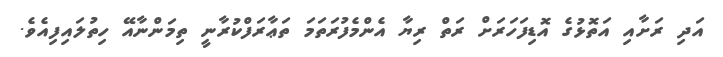
އަދި ރަށާއި އަތޮޅުގެ އޮޑިފަހަރަށް ރަތް ރިޔާ އެންމެފުރަތަމަ ތަޢާރަފްކުރާނީ ތިމަންނާއޭ ހިތުލައިފިއެވެ.